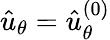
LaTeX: \hat{u}_{\theta}=\hat{u}_{\theta}^{\left(0\right)}